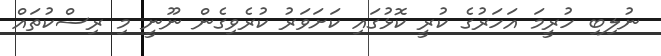
ނުލިބި ހުރީމަ އަހަރުގެ ކުރީ ކޮޅުގައި ކަށަވަރު ކުރެވިގެން ނޫނީ މި ރިސްކުތައް